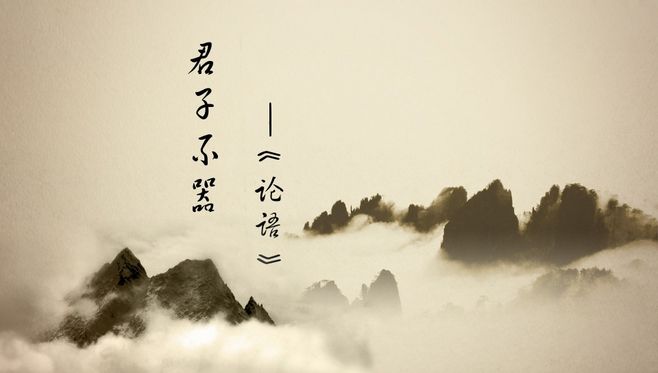
君子不器。